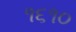
૧૬૧૦